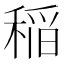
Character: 稲